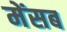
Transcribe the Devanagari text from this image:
मेंसब